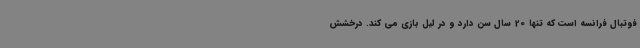
فوتبال فرانسه است که تنها 20 سال سن دارد و در لیل بازی می کند. درخشش